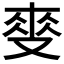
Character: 𲎏